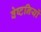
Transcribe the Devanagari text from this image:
वेष्टनियों